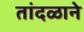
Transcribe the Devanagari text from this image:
तांदळाने